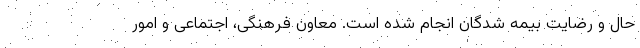
حال و رضایت بیمه شدگان انجام شده است. معاون فرهنگی، اجتماعی و امور